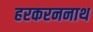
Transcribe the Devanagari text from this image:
हरकरननाथ